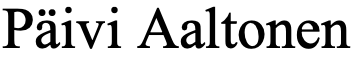
Päivi Aaltonen